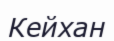
Кейхан